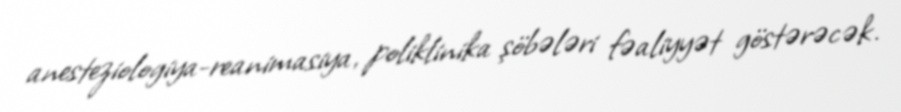
anesteziologiya-reanimasiya, poliklinika şöbələri fəaliyyət göstərəcək.